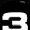
Digit: 3